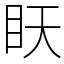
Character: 䀖